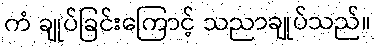
ကံ ချုပ်ခြင်းကြောင့် သညာချုပ်သည်။